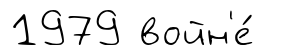
1979 войн'е́